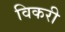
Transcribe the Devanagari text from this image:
विकरी